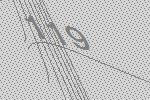
119